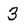
Character: 3